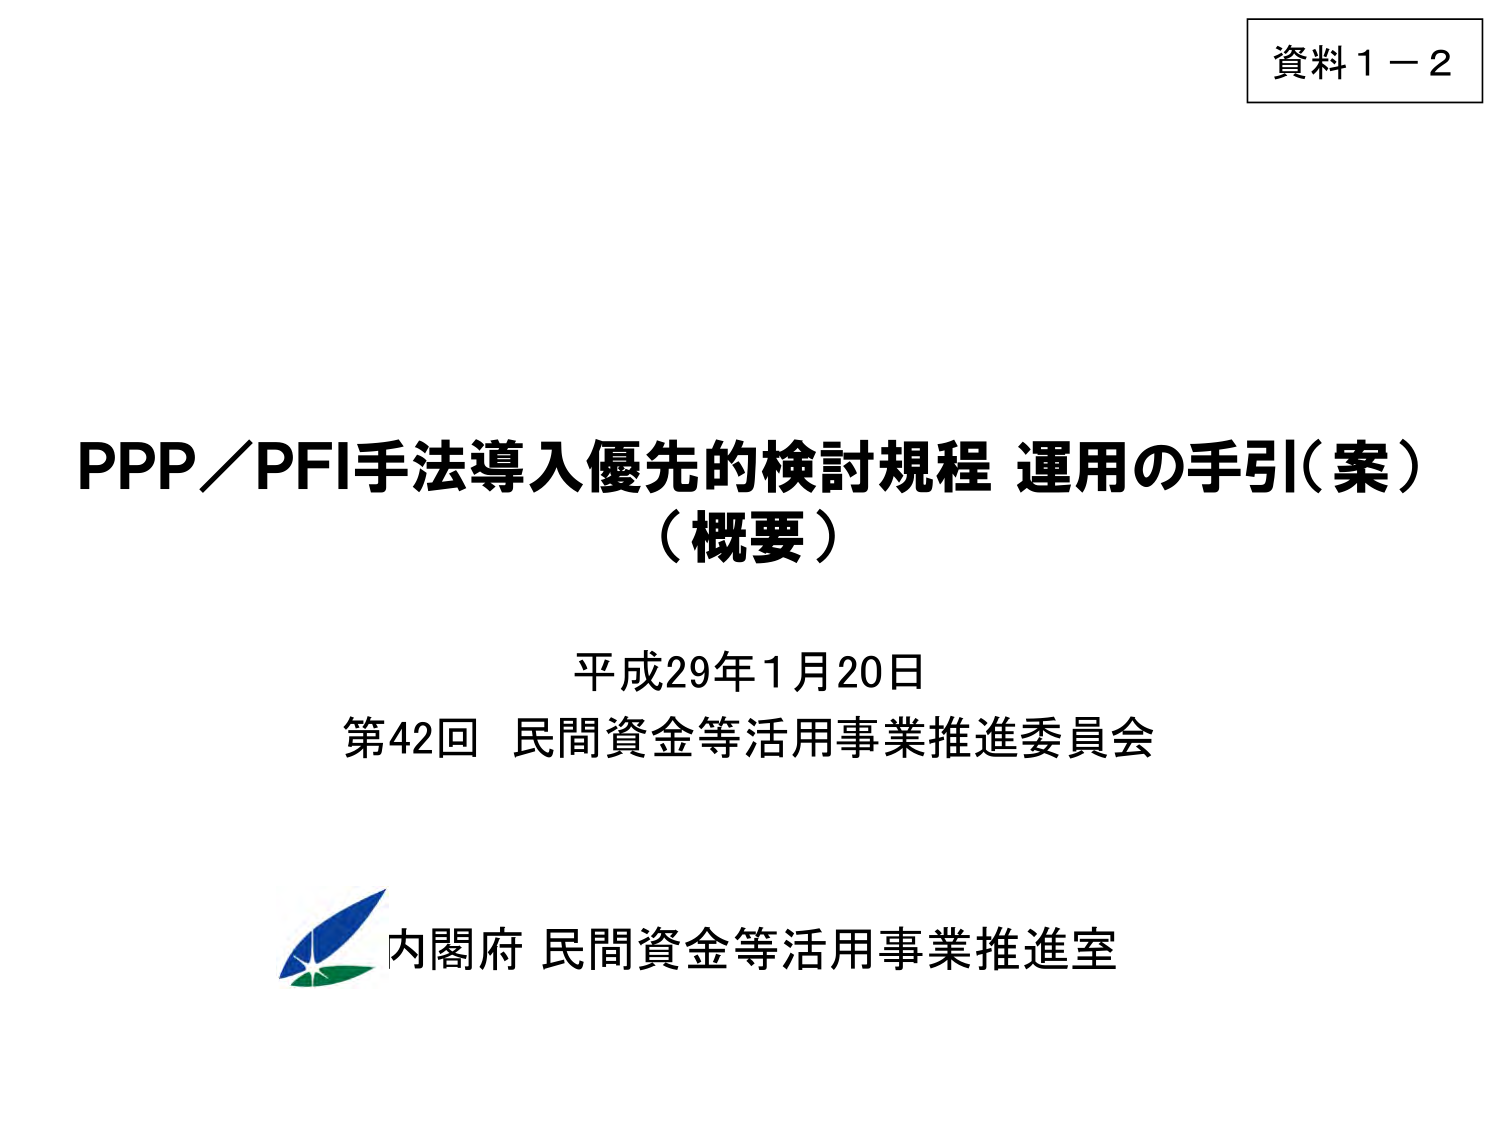
資料１－２

PPP／PFI手法導入優先的検討規程 運用の手引（案）
（概要）

平成29年1月20日
第42回 民間資金等活用事業推進委員会

内閣府 民間資金等活用事業推進室